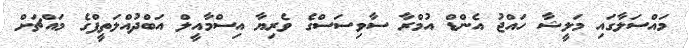
މައްސަލާގައި މަލީޝާ ހައްޖު އެންޑް އުމްރާ ސާވިސަސްގެ ވެރިޔާ އިސްމާއީލް އަބްދުއްލަތީފްގެ މައްޗަށް